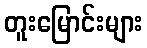
တူးမြောင်းများ